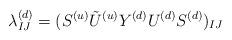
LaTeX: \begin{align*}\lambda^{(d)}_{IJ}=(S^{(u)}{\tilde U^{(u)}}Y^{(d)}U^{(d)}S^{(d)})_{IJ}\end{align*}